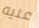
عليه